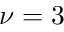
\nu = 3